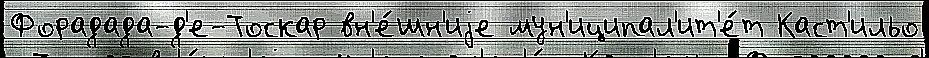
Форадада-д'е-Тоскар вн'е́шн'иjе мун'иципал'ит'е́т Каст'ильо